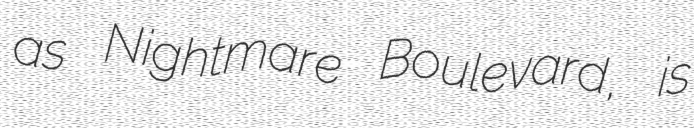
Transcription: as Nightmare Boulevard, is